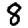
Digit: 8